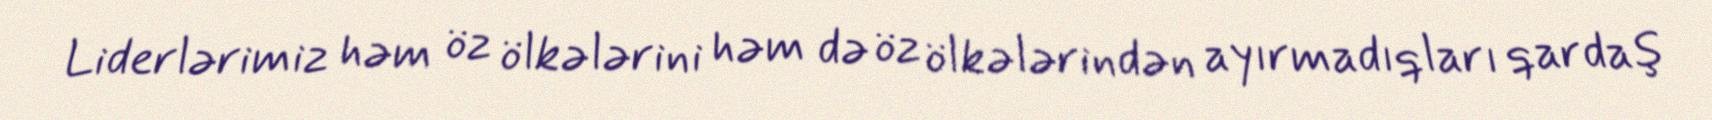
Liderlərimiz həm öz ölkələrini həm də öz ölkələrindən ayırmadıqları qardaş